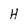
Character: H